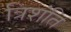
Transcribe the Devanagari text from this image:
त्रिशंति